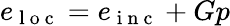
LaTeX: e_{\mathrm{~l~o~c~}}=e_{\mathrm{~i~n~c~}}+Gp